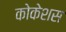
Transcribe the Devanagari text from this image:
कोकेशस